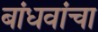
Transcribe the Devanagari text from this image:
बांधवांचा